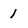
Character: 1